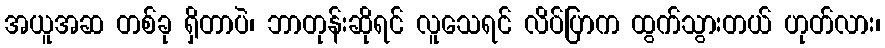
အယူအဆ တစ်ခု ရှိတာပဲ၊ ဘာတုန်းဆိုရင် လူသေရင် လိပ်ပြာက ထွက်သွားတယ် ဟုတ်လား၊